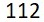
112